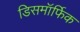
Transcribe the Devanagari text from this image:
डिसमॉर्फिक